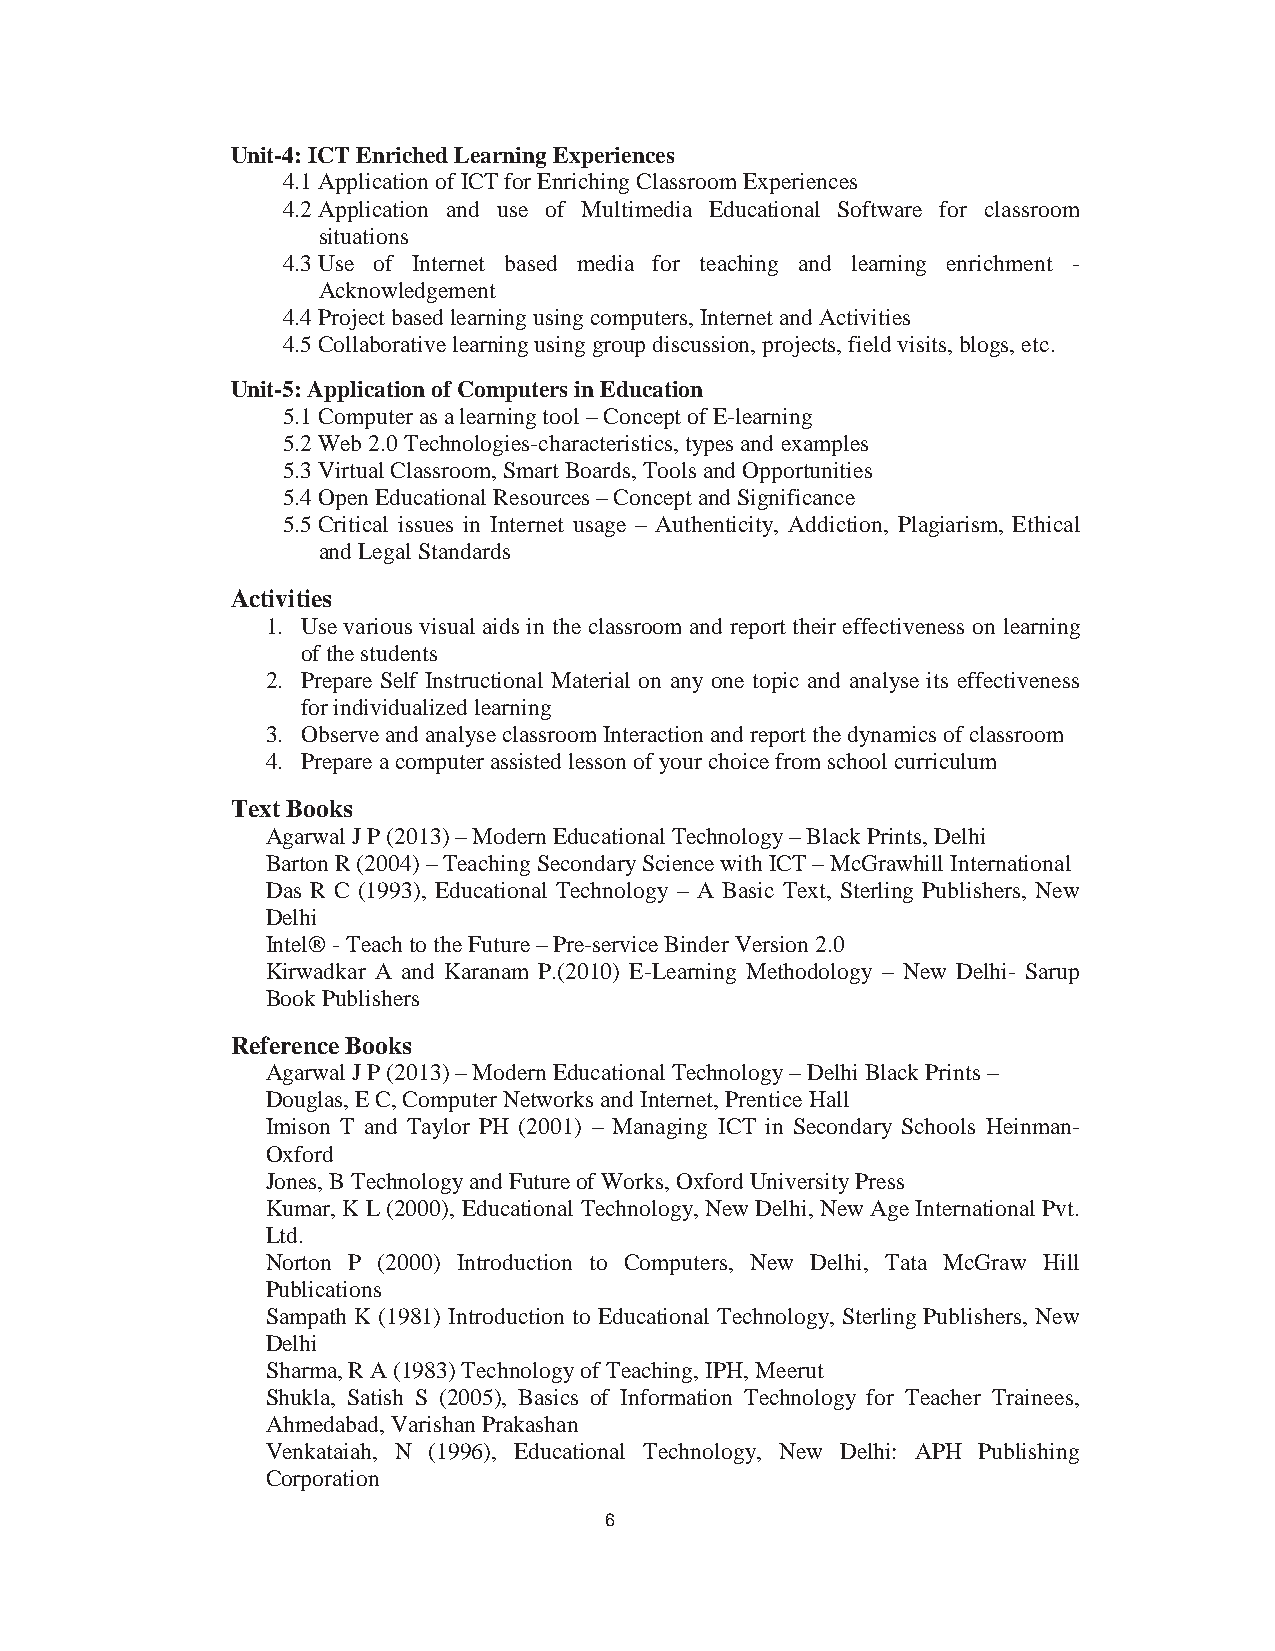
8
 Unit-4: ICT Enriched Learning Experiences
 4.1Application of ICT for Enriching Classroom Experiences
 4.2Application and use of Multimedia Educational Software for classroom
 situations
 4.3Use of Internet based media for teaching and learning enrichment -
 Acknowledgement
 4.4Project based learning using computers, Internet and Activities
 4.5Collaborative learning using group discussion, projects, field visits, blogs, etc.
 Unit-5: Application of Computers in Education
 5.1Computer as a learning tool – Concept of E-learning
 5.2Web 2.0 Technologies-characteristics, types and examples
 5.3Virtual Classroom, Smart Boards, Tools and Opportunities
 5.4Open Educational Resources – Concept and Significance
 5.5Critical issues in Internet usage – Authenticity, Addiction, Plagiarism, Ethical
 and Legal Standards
 Activities
 1. Use various visual aids in the classroom and report their effectiveness on learning
 of the students
 2. Prepare Self Instructional Material on any one topic and analyse its effectiveness
 for individualized learning
 3. Observe and analyse classroom Interaction and report the dynamics of classroom
 4. Prepare a computer assisted lesson of your choice from school curriculum
 Text Books
 Agarwal J P (2013) – Modern Educational Technology – Black Prints, Delhi
 Barton R (2004) – Teaching Secondary Science with ICT – McGrawhill International
 Das R C (1993), Educational Technology – A Basic Text, Sterling Publishers, New
 Delhi
 Intel® - Teach to the Future – Pre-service Binder Version 2.0
 Kirwadkar A and Karanam P.(2010) E-Learning Methodology – New Delhi- Sarup
 Book Publishers
 Reference Books
 Agarwal J P (2013) – Modern Educational Technology – Delhi Black Prints –
 Douglas, E C, Computer Networks and Internet, Prentice Hall
 Imison T and Taylor PH (2001) – Managing ICT in Secondary Schools Heinman-
 Oxford
 Jones, B Technology and Future of Works, Oxford University Press
 Kumar, K L (2000), Educational Technology, New Delhi, New Age International Pvt.
 Ltd.
 Norton P (2000) Introduction to Computers, New Delhi, Tata McGraw Hill
 Publications
 Sampath K (1981) Introduction to Educational Technology, Sterling Publishers, New
 Delhi
 Sharma, R A (1983) Technology of Teaching, IPH, Meerut
 Shukla, Satish S (2005), Basics of Information Technology for Teacher Trainees,
 Ahmedabad, Varishan Prakashan
 Venkataiah, N (1996), Educational Technology, New Delhi: APH Publishing
 Corporation
 6